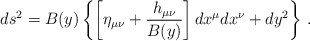
\begin{align*}ds^2 = B(y)\left\{ \left[ \eta_{\mu\nu} + {h_{\mu\nu}\over B(y)}\right]dx^\mu dx^\nu +dy^2\right\}\,.\end{align*}